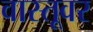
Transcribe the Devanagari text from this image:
वास्तूवर